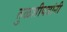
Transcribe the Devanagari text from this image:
तुळशीपत्रांनी